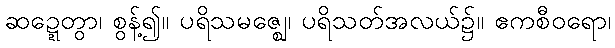
ဆဍ္ဍေတွာ၊ စွန့်၍။ ပရိသမဇ္ဈေ၊ ပရိသတ်အလယ်၌။ ဧကစီဝရော၊